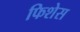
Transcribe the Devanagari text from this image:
फिशेस